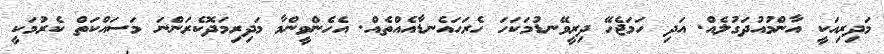
މަދިރިއަކީ އާންމުއުދަގުލެއް. އަދި ހަމަޖެހޭ ދިރީވޭނޑުމަކަހަ ހެރަހައެނޑާއެއްތެއް. އެހެންވީންމާ މަދިރިމަދޮކެރަންނަ މަސައްކަތް ކެރުމަކީ